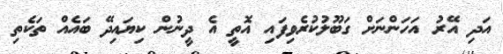
އަދި އޭރު އަހަންނަށް ގަބޫލުކުރެވިފައި އޮތީ އެ ދީނުން ކިޔައިދޭ ބައެއް ތަކެތި